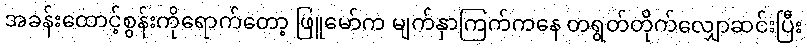
အခန်းထောင့်စွန်းကိုရောက်တော့ ဖြူမော်က မျက်နှာကြက်ကနေ တရွတ်တိုက်လျှောဆင်းပြီး